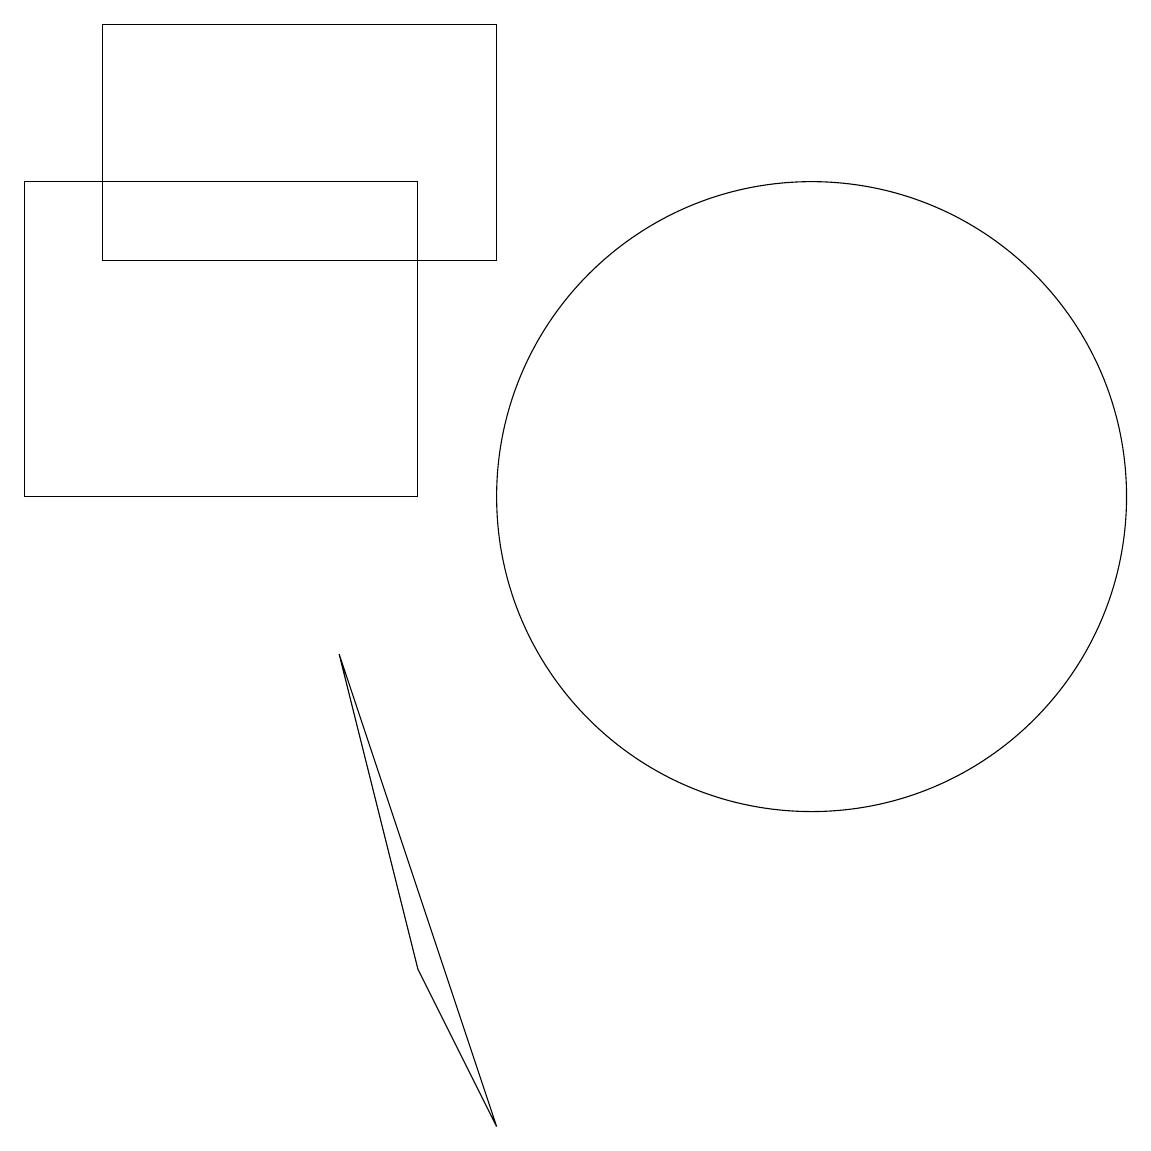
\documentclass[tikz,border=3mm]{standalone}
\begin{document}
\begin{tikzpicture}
\draw (1,14) rectangle (6,17);
\draw (8,15) rectangle (8,15);
\draw (5,5) -- (4,9) -- (6,3) -- cycle;
\draw (10,11) circle (4);
\draw (5,15) rectangle (0,11);
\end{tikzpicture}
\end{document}